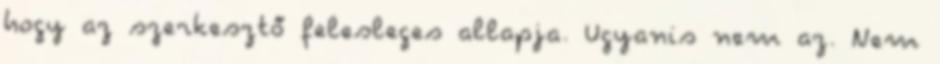
hogy az szerkesztő felesleges allapja. Ugyanis nem az. Nem